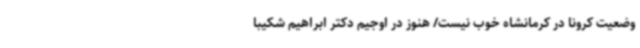
وضعیت ‌کرونا در کرمانشاه خوب نیست/ هنوز در اوجیم دکتر ابراهیم شکیبا